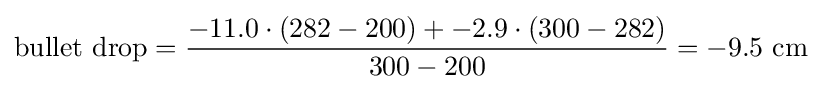
{\mbox{bullet drop}}={\frac {-11.0\cdot (282-200)+-2.9\cdot (300-282)}{300-200}}=-9.5{\mbox{ cm}}